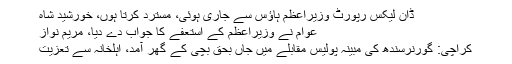
ڈان لیکس رپورٹ وزیراعظم ہاؤس سے جاری ہوئی، مسترد کرتا ہوں، خورشید شاہ
عوام نے وزیراعظم کے استعفے کا جواب دے دیا، مریم نواز
کراچی: گورنرسندھ کی مبینہ پولیس مقابلے میں جاں بحق بچی کے گھر آمد، اہلخانہ سے تعزیت